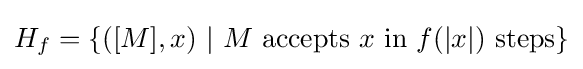
H_{f}=\left\{([M],x)\ |\ M\ {\text{accepts}}\ x\ {\text{in}}\ f(|x|)\ {\text{steps}}\right\}